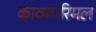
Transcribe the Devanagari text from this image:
काव्यपरिमल